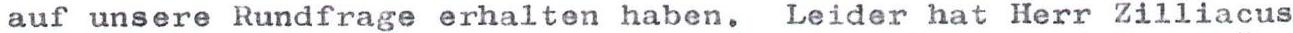
auf unsere Rundfrage erhalten haben. Leider hat Herr Zilliacus